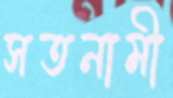
সতনামী